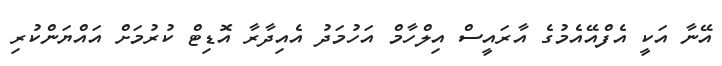
އޭނާ އަކީ އެފްއޭއެމުގެ އާރައީސް އިލްހާމް އަހުމަދު އެއިދާރާ އޮޑިޓް ކުރުމަށް އައްޔަންކުރި